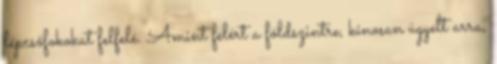
lépcsőfokokat felfelé. Amint felért a földszintre, kínosan ügyelt arra,